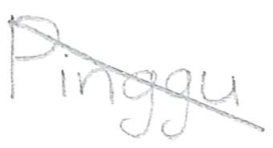
Text: Pinggu
Cross-out: diagonal
Writing tool: pencil